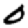
Digit: 0